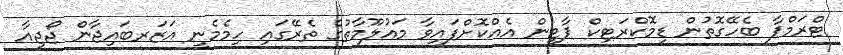
ޓްރަމްޕާ ބެހޭގޮތުން ޑިމޮކްރަޓިކް ޕާޓީން އެއްކޮށްފައިވާ މައުލޫމާތުގެ ތެރޭގައި ހިމެމެނީ އަޒަރބައިޖާން ޖޯޖިއާ